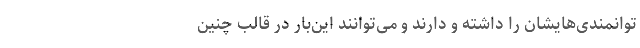
توانمندی‌هایشان را داشته و دارند و می‌توانند این‌بار در قالب چنین